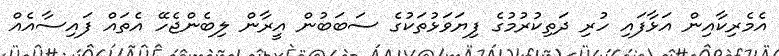
އެމެރިކާއިން އަޅާފައި ހުރި ދަތިކުރުމުގެ ފިޔަވަޅުތަކުގެ ސަބަބުން އީރާން ލިބެންޖެހޭ އެތައް ފައިސާއެއް